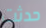
حدثت